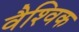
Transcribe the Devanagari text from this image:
वैश्‍िवक